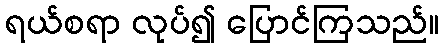
ရယ်စရာ လုပ်၍ ပြောင်ကြသည်။